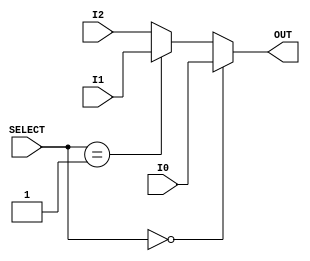
module three_to_one_mux(I0, I1, I2, SELECT, OUT);
	parameter DATA_WIDTH = 3;
	input [DATA_WIDTH-1:0] I0;
	input [DATA_WIDTH-1:0] I1;
	input [DATA_WIDTH-1:0] I2;
	input [1:0] SELECT;
	output [DATA_WIDTH-1:0] OUT;
	
	assign OUT = (SELECT == 2'd0) ? I0 : (SELECT == 2'd1) ? I1 : I2;
endmodule